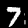
Label: 7